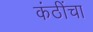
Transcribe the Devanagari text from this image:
कंठींचा